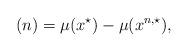
LaTeX: \begin{align*}(n) = \mu(x^{\star})-\mu(x^{n,\star}),\end{align*}